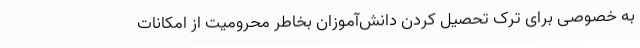
به خصوصی برای ترک تحصیل کردن دانش‌آموزان بخاطر محرومیت از امکانات